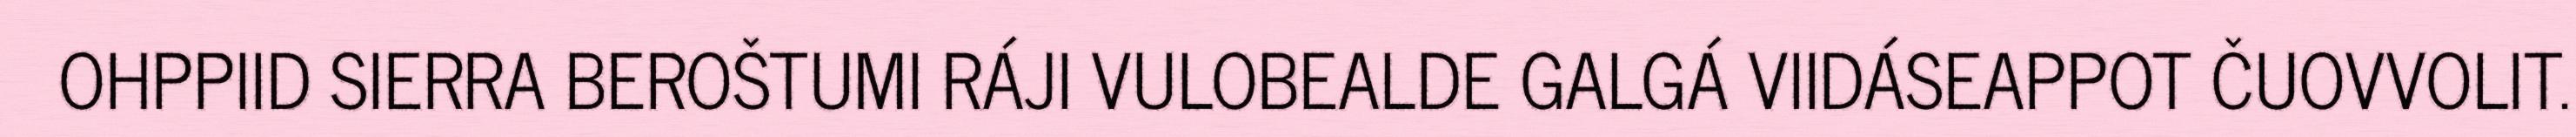
OHPPIID SIERRA BEROŠTUMI RÁJI VULOBEALDE GALGÁ VIIDÁSEAPPOT ČUOVVOLIT.